Vaccination in Burma 1920-1933 - 1920-1933
Year: 1920
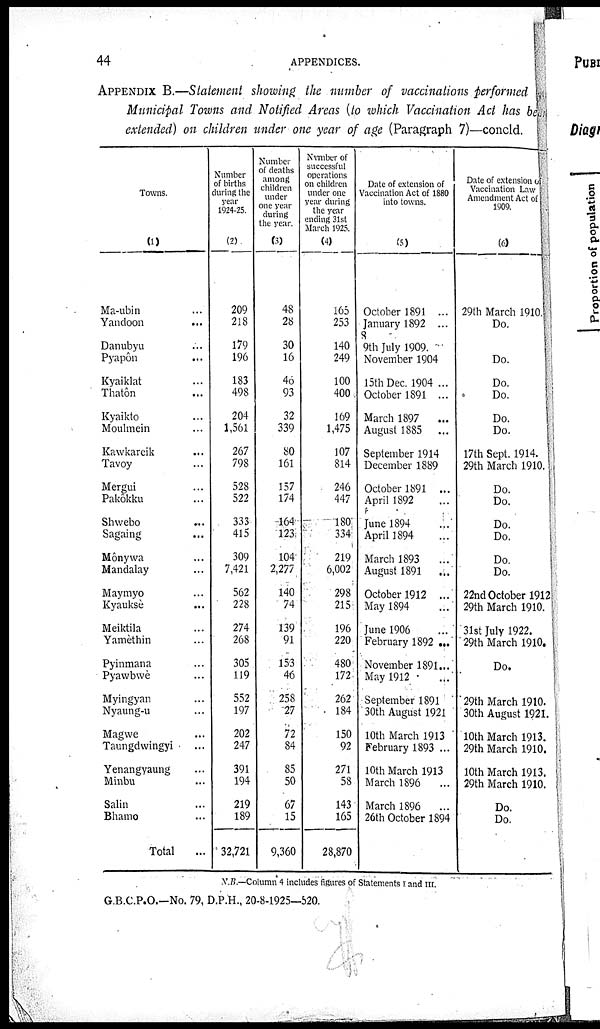
44
APPENDICES.
APPENDIX B.—Statement showing the number of vaccinations performed
Municipal Towns and Notified Areas (to which Vaccination Act has be
extended) on children under one year of age (Paragraph 7)—concld.
Towns.
(1)
Ma-ubin ...
Yandoon ...
Danubyu ...
Pyapôn ...
Kyaiklat ...
Thatôn ...
Kyaikto ...
Moulmein ...
Kawkareik ...
Tavoy ...
Mergui ...
Pakôkku ...
Shwebo ...
Sagaing ...
Mônywa ...
Mandalay ...
Maymyo ...
Kyauksè
...
Meiktila ...
Yamèthin ...
Pyinmana ...
Pyawbwè ...
Myingyan ...
Nyaung-u ...
Magwe ...
Taungdwingyi
...
Yenangyaung ...
Minbu ...
Salin ...
Bhamo ...
Total ...
Number
of births
during the
year
1924-25.
(2)
209
218
179
196
183
498
204
1,561
267
798
528
522
333
415
309
7,421
562
228
274
268
305
119
552
197
202
247
391
194
219
189
32,721
Number
of deaths
among
children
under
one year
during
the year.
(3)
48
28
30
16
46
93
32
339
80
161
157
174
164
123
104
2,277
140
74
139
91
153
46
258
27
72
84
85
50
67
15
9,360
Number of
successful
operations
on children
under one
year during
the year
ending 31st
March 1925.
(4)
165
253
140
249
100
400
169
1,475
107
814
246
447
180
334
219
6,002
298
215
196
220
480
172
262
184
150
92
271
58
143
165
28,870
Date of extension of
Vaccination Act of 1880
into towns.
(5)
October 1891 ...
January 1892 ...
9th July 1909.
November 1904
15th Dec. 1904 ...
October 1891 ...
March 1897
...
August 1885
...
September 1914
December 1889
October 1891 ...
April 1892 ...
June 1894 ...
April 1894 ...
March 1893 ...
August 1891
...
October 1912 ...
May 1894 ...
June 1906 ...
February 1892 ...
November 1891...
May 1912
September 1891
30th August 1921
10th March 1913
February 1893 ...
10th March 1913
March 1896
...
March 1896
...
26th October 1894
Date of extension o
Vaccination Law
Amendment Act of
1909.
(6)
29th March 1910.
Do.
Do.
Do.
Do.
Do.
Do.
17th Sept. 1914.
29th March 1910.
Do.
Do.
Do.
Do.
Do.
Do.
22nd October 1912
29th March 1910.
31st July 1922.
29th March 1910.
Do.
29th March 1910.
30th August 1921.
10th March 1913.
29th March 1910.
10th March 1913.
29th March 1910.
Do.
Do.
N.B.—Column 4 includes figures of Statements 1 and III.
G.B.C.P.O.—No. 79, D.P.H., 20-8-1925—520.